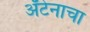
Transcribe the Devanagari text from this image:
अँटेनाचा